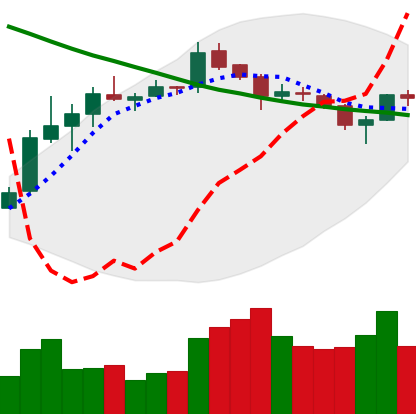
Ticker: XLM-USD
Chart end date: 2019-03-28
Forward return: 13.46%
Label: up_7plus